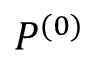
P ^ { ( 0 ) }